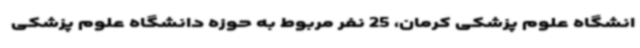
انشگاه علوم پزشکی کرمان، 25 نفر مربوط به حوزه دانشگاه علوم پزشکی